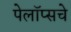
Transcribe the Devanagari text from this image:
पेलॉप्सचे